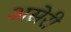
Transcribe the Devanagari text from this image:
असेरी